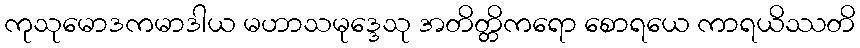
ကုသုမောဒကမာဒါယ မဟာသမုဒ္ဒေသု အတိတ္တိကရော စောရယေ ကာရယိဿတိ